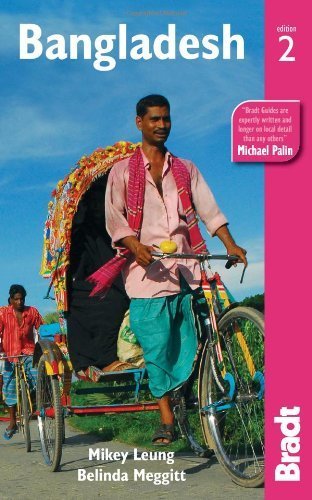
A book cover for Bangladesh (Bradt Travel Guides) by Leung, Mikey, Meggitt, Belinda (2012) Paperback; Travel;